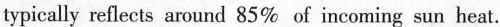
typically reflects around 85% of incoming sun heat.